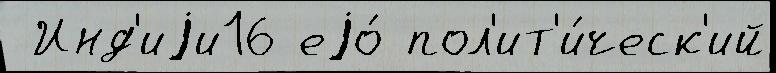
 Инд'иjи16 еjо́ пол'ит'и́ческ'ий